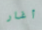
أغار